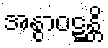
အနွာဝဋ္ဋန္တိ